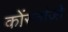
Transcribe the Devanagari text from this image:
कोंस्तांज़ो